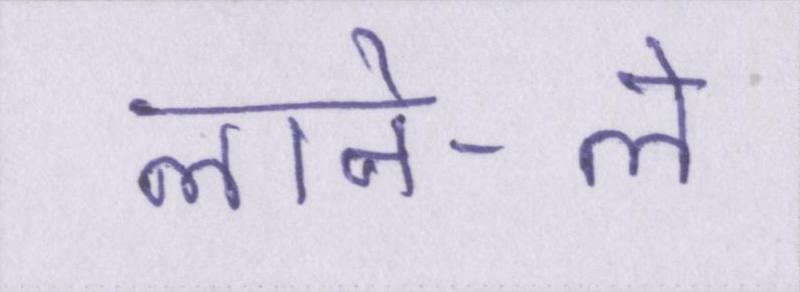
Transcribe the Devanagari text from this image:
लाने-ले